Indian journal of veterinary science and animal husbandry - Volume 4,
Year: 1934
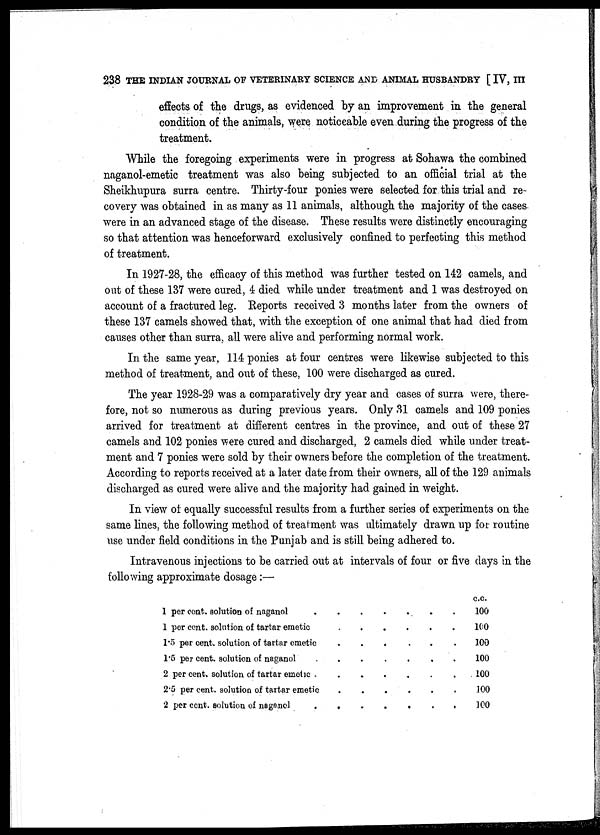
238 THE INDIAN JOURNAL OF VETERINARY SCIENCE AND ANIMAL HUSBANDRY [ IV, III
effects of the drugs, as evidenced by an improvement in the general
condition of the animals, were noticeable even during the progress of the
treatment.
While the foregoing experiments were in progress at Sohawa the combined
naganol-emetic treatment was also being subjected to an official trial at the
Sheikhupura surra centre. Thirty-four ponies were selected for this trial and re-
covery was obtained in as many as 11 animals, although the majority of the cases
were in an advanced stage of the disease. These results were distinctly encouraging
so that attention was henceforward exclusively confined to perfecting this method
of treatment.
In 1927-28, the efficacy of this method was further tested on 142 camels, and
out of these 137 were cured, 4 died while under treatment and 1 was destroyed on
account of a fractured leg. Reports received 3 months later from the owners of
these 137 camels showed that, with the exception of one animal that had died from
causes other than surra, all were alive and performing normal work.
In the same year, 114 ponies at four centres were likewise subjected to this
method of treatment, and out of these, 100 were discharged as cured.
The year 1928-29 was a comparatively dry year and cases of surra were, there-
fore, not so numerous as during previous years. Only 31 camels and 109 ponies
arrived for treatment at different centres in the province, and out of these 27
camels and 102 ponies were cured and discharged, 2 camels died while under treat-
ment and 7 ponies were sold by their owners before the completion of the treatment.
According to reports received at a later date from their owners, all of the 129 animals
discharged as cured were alive and the majority had gained in weight.
In view of equally successful results from a further series of experiments on the
same lines, the following method of treatment was ultimately drawn up for routine
use under field conditions in the Punjab and is still being adhered to.
Intravenous injections to be carried out at intervals of four or five days in the
following approximate dosage :—
1 per cent. solution of naganol . . . . . . .
1 per cent. solution of tartar emetic . . . . . . .
1.5 per cent. solution of tartar emetic . . . . . . .
1.5 per cent. solution of naganol . . . . . . .
2 per cent. solution of tartar emetic . . . . . . .
2.5 per cent. solution of tartar emetic . . . . . . .
2 per cent. solution of naganol . . . . . . .
c.c.
100
100
100
100
100
100
100